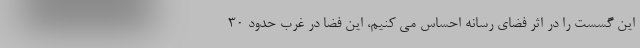
این گسست را در اثر فضای رسانه احساس می کنیم، این فضا در غرب حدود ۳۰